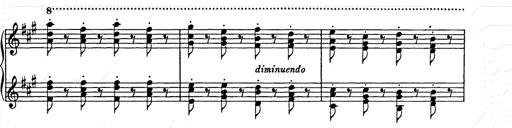
Title: Weihnachtsbaum
Composer: Franz Liszt